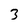
Character: 3